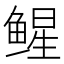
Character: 𬶢